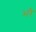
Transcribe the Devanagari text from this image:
भरै